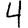
Digit: 4